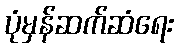
ပုံမှန်ဆက်ဆံရေး